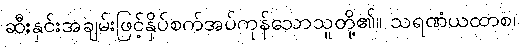
ဆီးနှင်းအချမ်းဖြင့်နှိပ်စက်အပ်ကုန်သောသူတို့၏။ သရဏံယထာစ၊